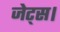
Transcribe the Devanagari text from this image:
जेट्स।